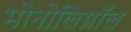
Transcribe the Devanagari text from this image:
मोनोलिग्नॉल